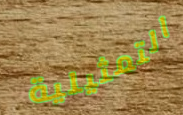
التمثيلية